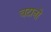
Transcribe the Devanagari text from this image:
चटानो